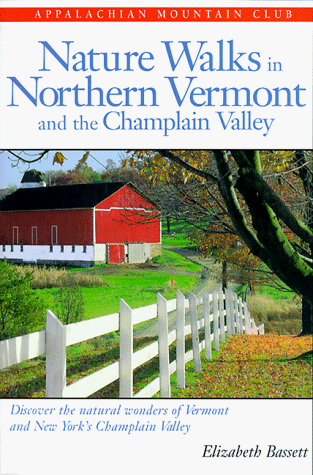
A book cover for Nature Walks In Northern Vermont & the Champlain Valley: More than 40 Scenic Nature Walks throughout the Lake Champlain Region; Elizabeth Bassett; Travel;